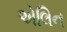
એલિન